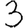
Digit: 3